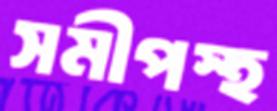
সমীপস্হ